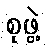
စုဖွဲ့